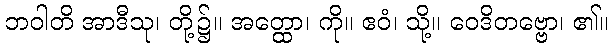
ဘဝါတိ အာဒီသု၊ တို့၌။ အတ္ထော၊ ကို။ ဧဝံ၊ သို့။ ဝေဒိတဗ္ဗော၊ ၏။